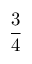
\frac 3 4